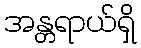
အန္တရာယ်ရှိ